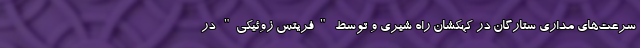
سرعت‌های مداری ستارگان در کهکشان راه شیری و توسط "فریتس زوئیکی" در